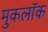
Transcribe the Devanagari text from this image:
मुकलॉक